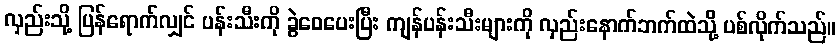
လှည်းသို့ ပြန်ရောက်လျှင် ပန်းသီးကို ခွဲဝေပေးပြီး ကျန်ပန်းသီးများကို လှည်းနောက်ဘက်ထဲသို့ ပစ်လိုက်သည်။